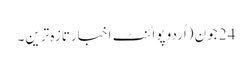
24 جون (اُردو پوائنٹ اخبارتازہ ترین۔